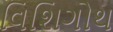
વિશિગોથ